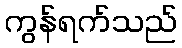
ကွန်ရက်သည်